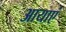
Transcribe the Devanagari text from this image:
आयाएं